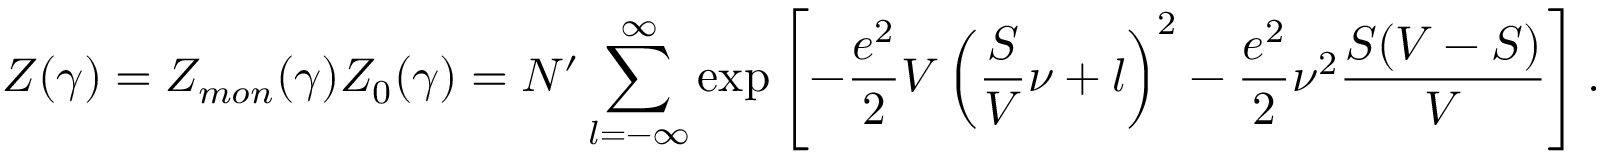
Z ( \gamma ) = Z _ { m o n } ( \gamma ) Z _ { 0 } ( \gamma ) = { \cal N } ^ { \prime } \sum _ { l = - \infty } ^ { \infty } \exp \left[ - \frac { e ^ { 2 } } { 2 } V \left( \frac { S } { V } \nu + l \right) ^ { 2 } - \frac { e ^ { 2 } } { 2 } \nu ^ { 2 } \frac { S ( V - S ) } { V } \right] .